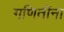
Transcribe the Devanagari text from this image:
गणितींना